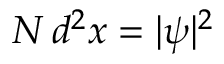
N \, d ^ { 2 } x = | \psi | ^ { 2 }